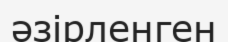
әзірленген